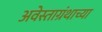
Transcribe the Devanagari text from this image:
अवेस्ताग्रंथाच्या